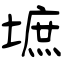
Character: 墌